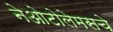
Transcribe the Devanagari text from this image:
नेओटोलेमसचे